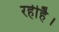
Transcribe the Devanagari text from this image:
रहीहै।